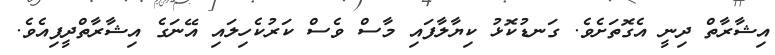
އިޝާރާތް ދިނީ އެގޮތަށެވެ. ގަނޑުކޮޅު ކިޔާލާފައި މާސް ވެސް ކަރުކެހިލައި އޭނަގެ އިޝާރާތްދީފިއެވެ.